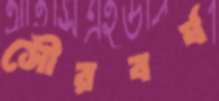
সৌরবর্ষ